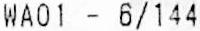
WA01 - 6/144